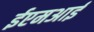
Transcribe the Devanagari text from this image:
ईएमअाई